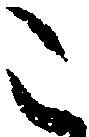
こ